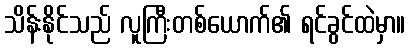
သိန်းနိုင်သည် လူကြီးတစ်ယောက်၏ ရင်ခွင်ထဲမှာ။